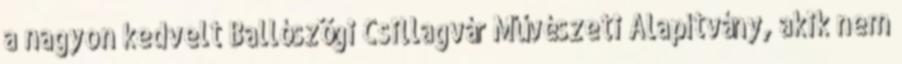
a nagyon kedvelt Ballószögi Csillagvár Művészeti Alapítvány, akik nem